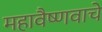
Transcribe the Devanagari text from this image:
महावैष्णवाचे